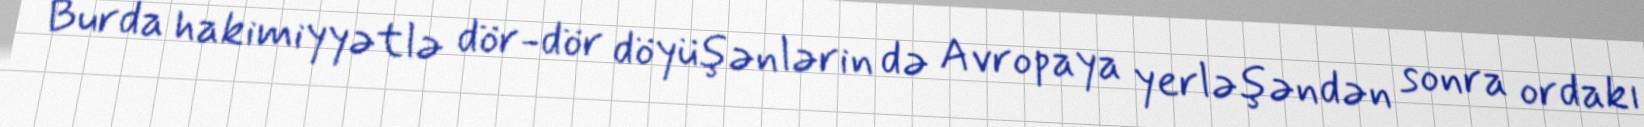
Burda hakimiyyətlə dör-dör döyüşənlərin də Avropaya yerləşəndən sonra ordakı